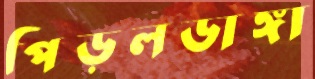
পিড়লডাঙ্গা